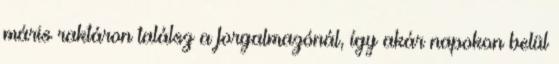
máris raktáron találsz a forgalmazónál, így akár napokon belül